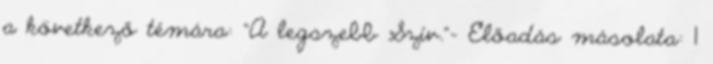
a következő témára: "A legszebb Szív."— Előadás másolata: 1